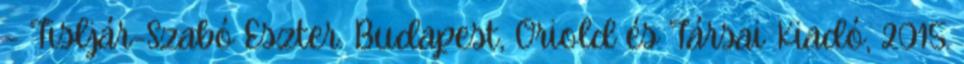
– Tisljár-Szabó Eszter. Budapest, Oriold és Társai Kiadó, 2015.